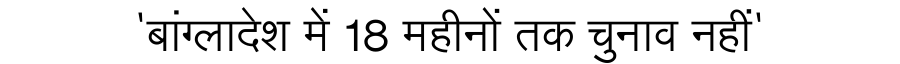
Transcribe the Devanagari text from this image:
'बांग्लादेश में 18 महीनों तक चुनाव नहीं'